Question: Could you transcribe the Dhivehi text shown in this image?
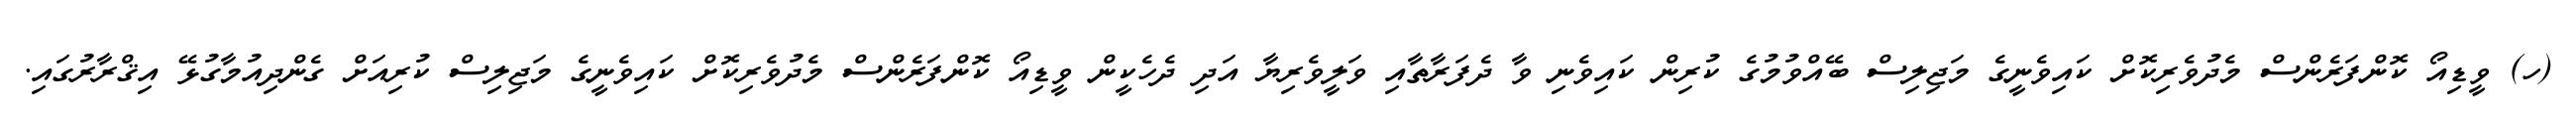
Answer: (ހ) ވީޑިއޯ ކޮންފަރެންސް މެދުވެރިކޮށް ކައިވެނީގެ މަޖިލިސް ބޭއްވުމުގެ ކުރިން ކައިވެނި ވާ ދެފަރާތާއި ވަލީވެރިޔާ އަދި ދެހެކީން ވީޑިއޯ ކޮންފަރެންސް މެދުވެރިކޮށް ކައިވެނީގެ މަޖިލިސް ކުރިއަށް ގެންދިއުމާގުޅޭ އިޤްރާރުގައި.